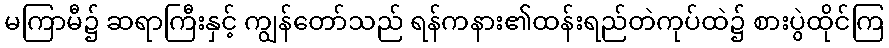
မကြာမီ၌ ဆရာကြီးနှင့် ကျွန်တော်သည် ရန်ကနား၏ထန်းရည်တဲကုပ်ထဲ၌ စားပွဲထိုင်ကြ